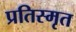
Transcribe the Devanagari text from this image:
प्रतिस्मृत